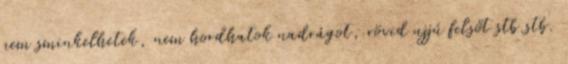
nem sminkelhetek, nem hordhatok nadrágot, rövid ujjú felsőt stb.stb.